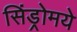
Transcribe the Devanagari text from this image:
सिंड्रोमये